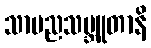
သာမညသမ္ဘူတာနိ